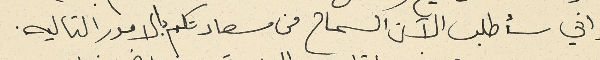
واني سأطلب الآن السماح من سعادتكم بالامور التاليه.